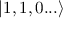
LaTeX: | 1 , 1 , 0 . . . \rangle